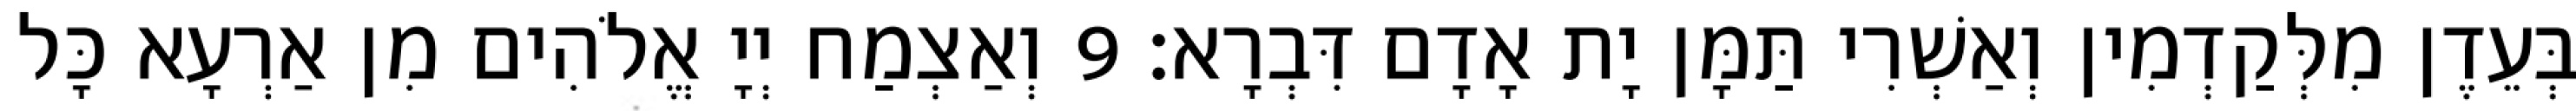
בְּעֵדֶן מִלְּקַדְמִין וְאַשְׁרִי תַּמָּן יָת אָדָם דִּבְרָא׃ 9 וְאַצְמַח יְיָ אֱלֹהִים מִן אַרְעָא כָּל